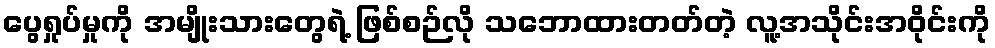
ပွေရှုပ်မှုကို အမျိုးသားတွေရဲ့ ဖြစ်စဉ်လို သဘောထားတတ်တဲ့ လူ့အသိုင်းအဝိုင်းကို